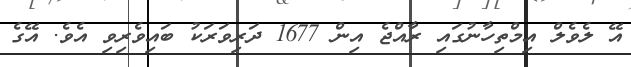
އޭ ލެވެލް އިމްތިހާނުގައި ރާއްޖެ އިން 1677 ދަރިވަރަކު ބައިވެރިވި އެވެ. އޭގެ